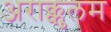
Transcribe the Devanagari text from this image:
अराक्कुलम